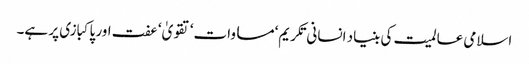
اسلامی عالمیت کی بنیاد انسانی تکریم‘ مساوات‘ تقویٰ‘ عفت اور پاکبازی پر ہے۔